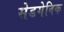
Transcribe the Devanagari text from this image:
सेडगेविक